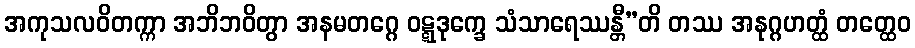
အကုသလဝိတက္ကာ အဘိဘဝိတွာ အနမတဂ္ဂေ ဝဋ္ဋဒုက္ခေ သံသာရေဿန္တီ”တိ တဿ အနုဂ္ဂဟတ္ထံ တတ္ထေဝ